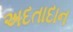
અદતાદાન